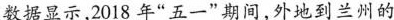
数据显示，2018年”五一”期间，外地到兰州的